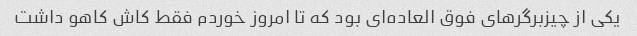
یکی از چیزبرگر‌های فوق العاده‌ای بود که تا امروز خوردم فقط کاش کاهو داشت